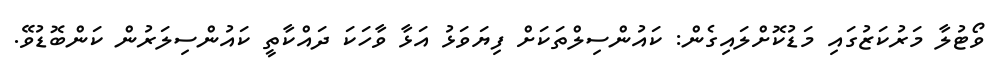
ވޯޓުލާ މަރުކަޒުގައި މަޑުކޮށްލައިގެން: ކައުންސިލްތަކަށް ފިޔަވަޅު އަޅާ ވާހަކަ ދައްކާތީ ކައުންސިލަރުން ކަންބޮޑުވޭ.